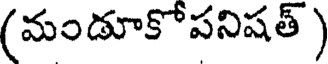
(మండూకోపనిషత్ )